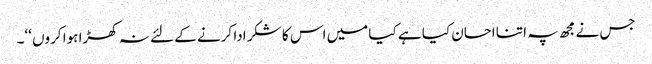
جس نے مجھ پہ اتنا احسان کیا ہے کیا میں اس کا شکر ادا کرنے کے لئے نہ کھڑا ہوا کروں ‘‘۔